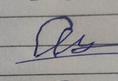
Signature authenticity: forged